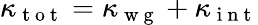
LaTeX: \kappa_{\mathrm{~t~o~t~}}=\kappa_{\mathrm{~w~g~}}+\kappa_{\mathrm{~i~n~t~}}